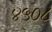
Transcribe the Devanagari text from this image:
४५०८